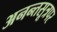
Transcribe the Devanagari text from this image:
अनन्तसूत्रपर